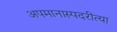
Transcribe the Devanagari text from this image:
अपमानास्पदरीत्या